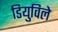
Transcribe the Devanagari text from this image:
डियुविले